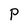
Character: P